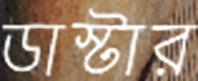
ডাস্টার